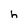
Character: h